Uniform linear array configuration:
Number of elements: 64
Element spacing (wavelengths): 0.5
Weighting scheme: uniform
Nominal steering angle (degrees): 0
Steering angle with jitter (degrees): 0.9434
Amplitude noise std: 0.05
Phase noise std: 0.05

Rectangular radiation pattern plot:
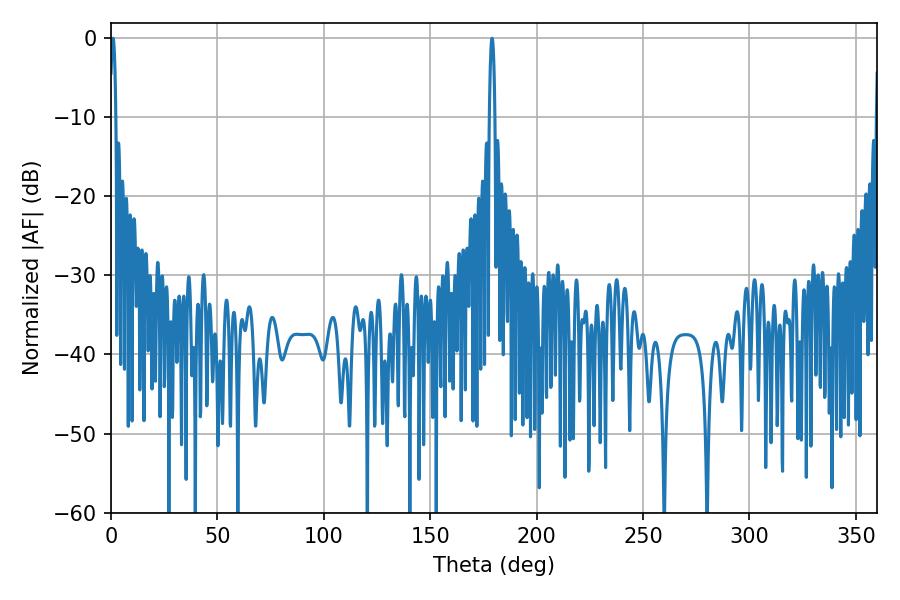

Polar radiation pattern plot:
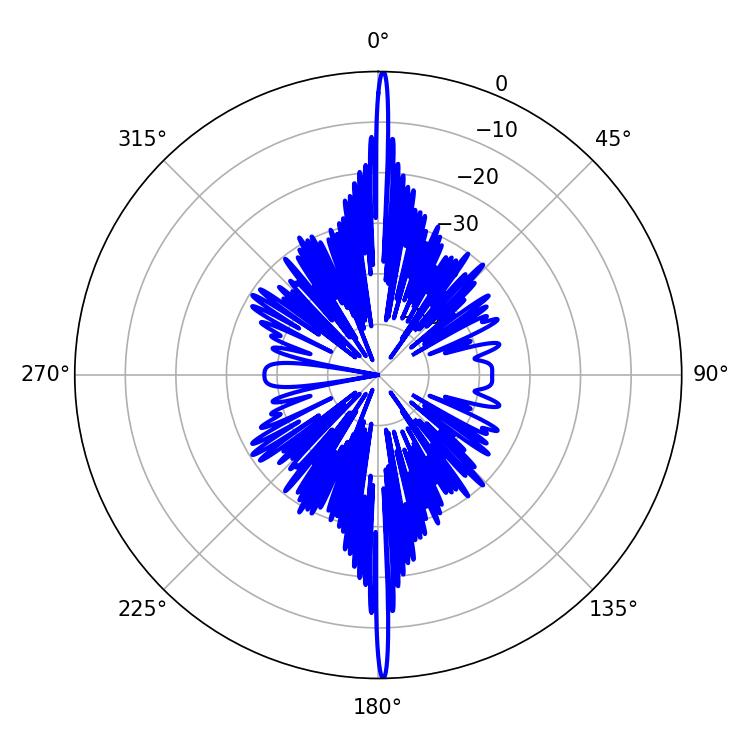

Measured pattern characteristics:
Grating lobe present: FALSE
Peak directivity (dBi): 33.11
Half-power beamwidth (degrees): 1.44
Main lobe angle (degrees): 0.9